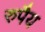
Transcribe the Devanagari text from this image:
रुपैय